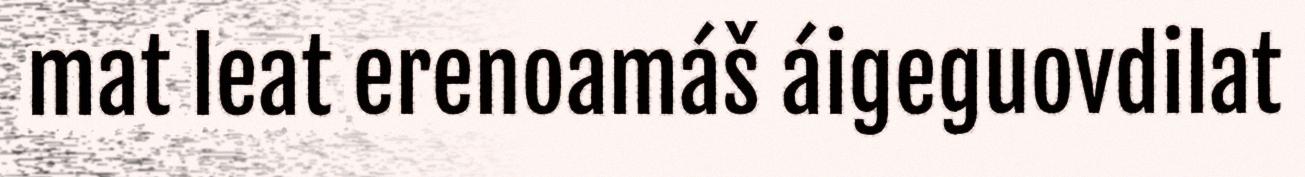
mat leat erenoamáš áigeguovdilat